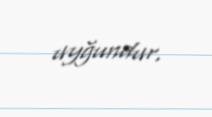
uyğundur.